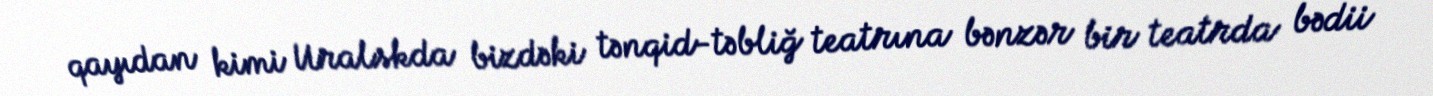
qayıdan kimi Uralskda bizdəki tənqid-təbliğ teatrına bənzər bir teatrda bədii